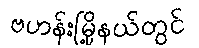
ဗဟန်းမြို့နယ်တွင်